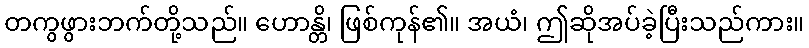
တကွဖွားဘက်တို့သည်။ ဟောန္တိ၊ ဖြစ်ကုန်၏။ အယံ၊ ဤဆိုအပ်ခဲ့ပြီးသည်ကား။